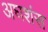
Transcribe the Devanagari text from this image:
अघशंस